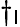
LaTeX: \dagger_{\mathsf{l}}